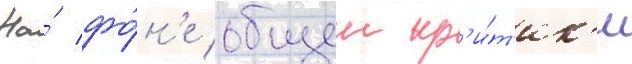
На́ фо́н'е общеи кр'и́т'ик'и